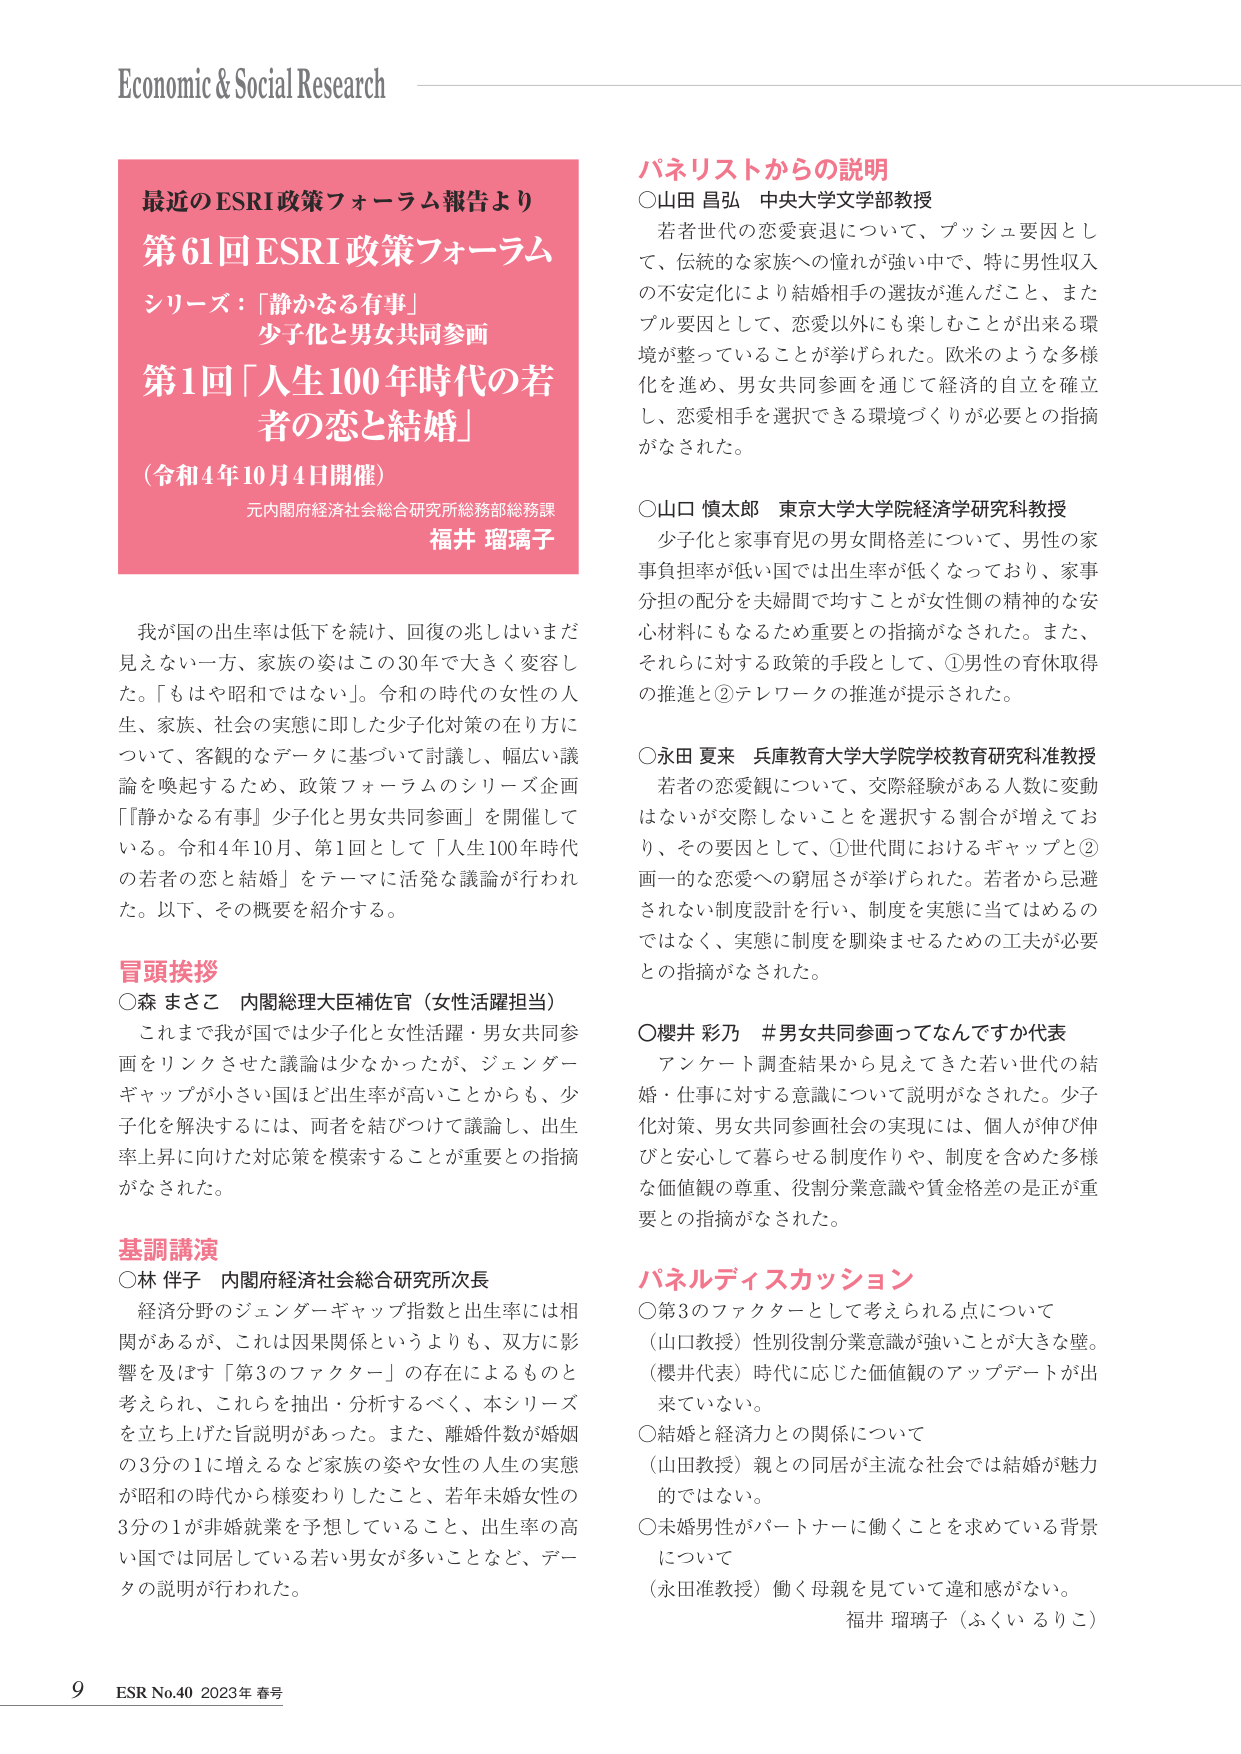
Economic & Social Research

最近のESRI政策フォーラム報告より
第61回ESRI政策フォーラム
シリーズ：「静かなる有事」
少子化と男女共同参画
第1回「人生100年時代の若者の恋と結婚」
（令和4年10月4日開催）
元内閣府経済社会総合研究所総務部総務課
福井 瑠璃子

我が国の出生率は低下を続け、回復の兆しはいまだ見えない一方、家族の姿はこの30年で大きく変容した。「もはや昭和ではない」。令和の時代の女性の人生、家族、社会の実態に即した少子化対策の在り方について、客観的なデータに基づいて討論し、幅広い議論を喚起するため、政策フォーラムのシリーズ企画「『静かなる有事』少子化と男女共同参画」を開催している。令和4年10月、第1回として「人生100年時代の若者の恋と結婚」をテーマに活発な議論が行われた。以下、その概要を紹介する。

冒頭挨拶
○森 まさこ 内閣総理大臣補佐官（女性活躍担当）
これまで我が国では少子化と女性活躍・男女共同参画をリンクさせた議論は少なかったが、ジェンダーギャップが小さい国ほど出生率が高いことからも、少子化を解決するには、両者を結びつけて議論し、出生率上昇に向けた対応策を模索することが重要との指摘がなされた。

基調講演
○林 伴子 内閣府経済社会総合研究所次長
経済分野のジェンダーギャップ指数と出生率には相関があるが、これは因果関係というよりも、双方に影響を及ぼす「第3のファクター」の存在によるものと考えられ、これらを抽出・分析するべく、本シリーズを立ち上げた旨説明があった。また、離婚件数が婚姻の3分の1に増えるなど家族の姿や女性の人生の実態が昭和の時代から様変わりしていること、若年未婚女性の3分の1が非婚就業を予想していること、出生率の高い国では同居している若男女が多いことなど、データの説明が行われた。

パネリストからの説明
○山田 昌弘 中央大学文学部教授
若者世代の恋愛衰退について、プッシュ要因として、伝統的な家族への憧れが強い中で、特に男性収入の不安定化により結婚相手の選抜が進んだこと、またプル要因として、恋愛以外にも楽しむことが出来る環境が整っていることが挙げられた。欧米のような多様化を進め、男女共同参画を通じて経済的自立を確立し、恋愛相手を選択できる環境づくりが必要との指摘がなされた。

○山口 慎太郎 東京大学大学院経済学研究科教授
少子化と家事育児の男女間格差について、男性の家事負担率が低い国では出生率が低くなっており、家事分担の配分を夫婦間で均すことが女性側の精神的な安心材料にもなるため重要との指摘がなされた。また、それらに対する政策的手段として、①男性の育休取得の推進と②テレワークの推進が提示された。

○永田 夏来 兵庫教育大学大学院学校教育研究科准教授
若者の恋愛観について、交際経験がある人数に変動はないが交際しないことを選択する割合が増えており、その要因として、①世代間におけるギャップと②画一的な恋愛への窮屈さが挙げられた。若者から忌避されない制度設計を行い、制度を実態に当てはめるのではなく、実態に制度を馴染ませるための工夫が必要との指摘がなされた。

○櫻井 彩乃 #男女共同参画ってなんですか代表
アンケート調査結果から見えてきた若い世代の結婚・仕事に対する意識について説明がなされた。少子化対策、男女共同参画社会の実現には、個人が伸び伸びと安心して暮らせる制度作りや、制度を含めた多様な価値観の尊重、役割分業意識や賃金格差の是正が重要との指摘がなされた。

パネルディスカッション
○第3のファクターとして考えられる点について
（山口教授）性別役割分業意識が強いことが大きな壁。
（櫻井代表）時代に応じた価値観のアップデートが出てきていな。
○結婚と経済力との関係について
（山田教授）親との同居が主流な社会では結婚が魅力的ではない。
○未婚男性がパートナーに働くことを求めている背景について
（永田准教授）働く母親を見ていて違和感がない。
福井 瑠璃子（ふくい るりこ）

9 ESR No.40 2023年 春号